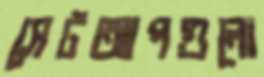
সেটআপগুলো